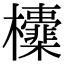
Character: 𣠻